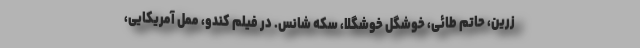
زرین، حاتم طائی، خوشگل خوشگلا، سکه شانس. در فیلم کندو، ممل آمریکایی،